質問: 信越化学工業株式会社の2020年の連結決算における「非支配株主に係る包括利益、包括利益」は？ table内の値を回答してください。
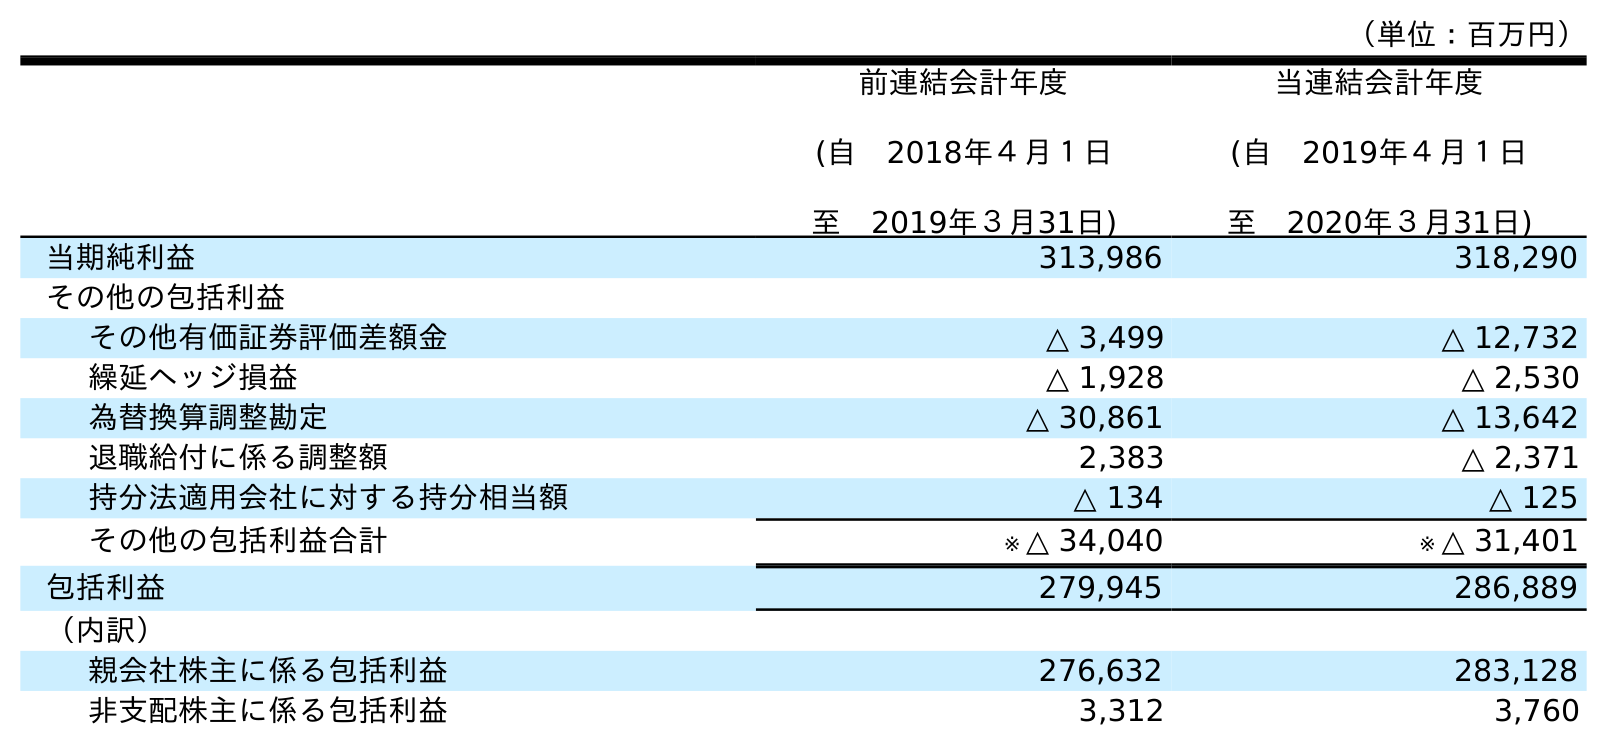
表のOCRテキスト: （単位：百万円） 前連結会計年度 (自 2018年４月１日 至 2019年３月31日) 当連結会計年度 (自 2019年４月１日 至 2020年３月31日) 当期純利益 313,986 318,290 その他の包括利益 その他有価証券評価差額金 △ 3,499 △ 12,732 繰延ヘッジ損益 △ 1,928 △ 2,530 為替換算調整勘定 △ 30,861 △ 13,642 退職給付に係る調整額 2,383 △ 2,371 持分法適用会社に対する持分相当額 △ 134 △ 125 その他の包括利益合計 ※ △ 34,040 ※ △ 31,401 包括利益 279,945 286,889 （内訳） 親会社株主に係る包括利益 276,632 283,128 非支配株主に係る包括利益 3,312 3,760
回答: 3,760